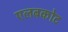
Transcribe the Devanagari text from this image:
एलबकोट